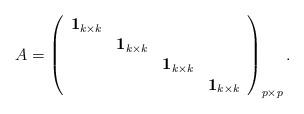
LaTeX: \begin{align*}A = \left( \begin{array}{cccc}{\mathbf 1}_{k \times k} & & & \\& {\mathbf 1}_{k \times k} & & \\& & {\mathbf 1}_{k \times k} & \\& & & {\mathbf 1}_{k \times k} \\\end{array} \right)_{p \times p}.\end{align*}